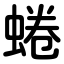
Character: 蜷